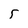
Character: 5